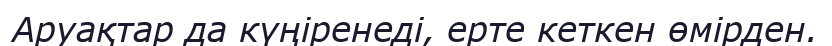
Аруақтар да күңіренеді, ерте кеткен өмірден.